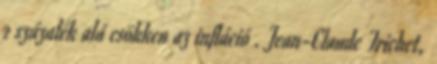
2 százalék alá csökken az infláció . Jean-Claude Trichet,